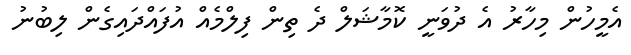
އެމީހުން މިހާރު އެ ދުވަނީ ކޮމާޝަލް ދެ ތިން ފިލްމެއް އުފައްދައިގެން ލިބުނު